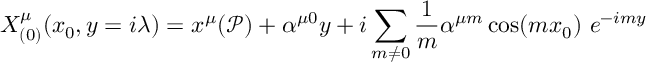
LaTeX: X _ { ( 0 ) } ^ { \mu } ( x _ { 0 } , y = i \lambda ) = x ^ { \mu } ( \mathcal { P } ) + \alpha ^ { \mu 0 } y + i \sum _ { m \neq 0 } \frac { 1 } { m } \alpha ^ { \mu m } \cos ( m x _ { 0 } ) \ e ^ { - i m y }